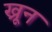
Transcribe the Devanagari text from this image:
ख्रून